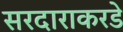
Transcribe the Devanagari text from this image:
सरदाराकरडे